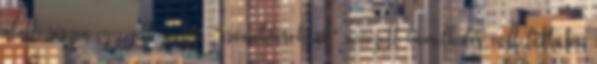
alatti részen egy jellegzetes, "csónakfaroknak" nevezett kiemelkedés volt látható,